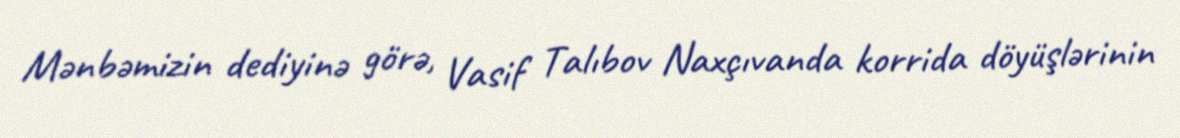
Mənbəmizin dediyinə görə, Vasif Talıbov Naxçıvanda korrida döyüşlərinin